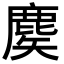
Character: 𪊢